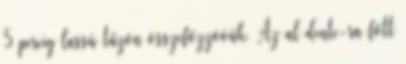
5 percig lassú tűzön összefőzzöóük. Az al dente-ra főtt